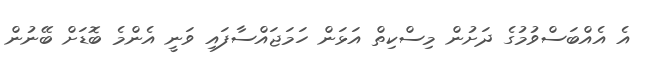
އެ އެއްބަސްވުމުގެ ދަށުން މިސްކިތް އަޅަން ހަމަޖައްސާފައި ވަނީ އެންމެ ބޮޑަށް ބޭނުން